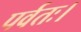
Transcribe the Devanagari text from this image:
पर्वतः।